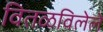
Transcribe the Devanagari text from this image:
वितळविलेले